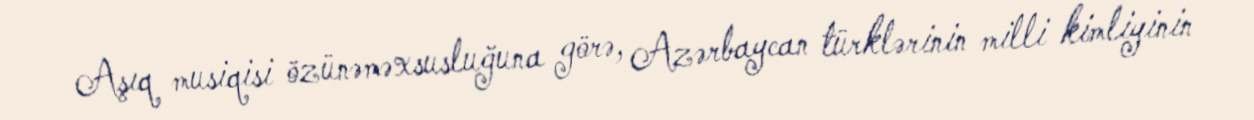
Aşıq musiqisi özünəməxsusluğuna görə, Azərbaycan türklərinin milli kimliyinin